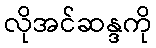
လိုအင်ဆန္ဒကို